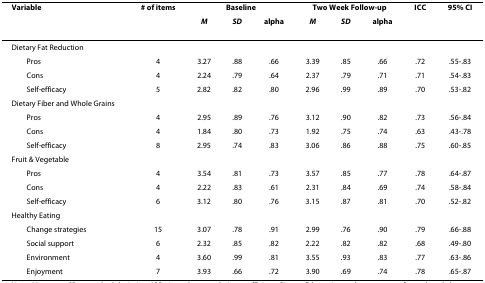
<table><thead><tr><td><b>Variable</b></td><td><b># of items</b></td><td colspan="3"><b>Baseline</b></td><td colspan="3"><b>Two Week Follow-up</b></td><td><b>ICC</b></td><td><b>95% CI</b></td></tr><tr><td></td><td></td><td><b><i>M</i></b></td><td><b><i>SD</i></b></td><td><b>alpha</b></td><td><b><i>M</i></b></td><td><b><i>SD</i></b></td><td><b>alpha</b></td><td></td><td></td></tr></thead><tbody><tr><td>Dietary Fat Reduction</td><td></td><td></td><td></td><td></td><td></td><td></td><td></td><td></td><td></td></tr><tr><td> Pros</td><td>4</td><td>3.27</td><td>.88</td><td>.66</td><td>3.39</td><td>.85</td><td>.66</td><td>.72</td><td>.55-.83</td></tr><tr><td> Cons</td><td>4</td><td>2.24</td><td>.79</td><td>.64</td><td>2.37</td><td>.79</td><td>.71</td><td>.71</td><td>.54-.83</td></tr><tr><td> Self-efficacy</td><td>5</td><td>2.82</td><td>.82</td><td>.80</td><td>2.96</td><td>.99</td><td>.89</td><td>.70</td><td>.53-.82</td></tr><tr><td>Dietary Fiber and Whole Grains</td><td></td><td></td><td></td><td></td><td></td><td></td><td></td><td></td><td></td></tr><tr><td> Pros</td><td>4</td><td>2.95</td><td>.89</td><td>.76</td><td>3.12</td><td>.90</td><td>.82</td><td>.73</td><td>.56-.84</td></tr><tr><td> Cons</td><td>4</td><td>1.84</td><td>.80</td><td>.73</td><td>1.92</td><td>.75</td><td>.74</td><td>.63</td><td>.43-.78</td></tr><tr><td> Self-efficacy</td><td>8</td><td>2.95</td><td>.74</td><td>.83</td><td>3.06</td><td>.86</td><td>.88</td><td>.75</td><td>.60-.85</td></tr><tr><td>Fruit &amp; Vegetable</td><td></td><td></td><td></td><td></td><td></td><td></td><td></td><td></td><td></td></tr><tr><td> Pros</td><td>4</td><td>3.54</td><td>.81</td><td>.73</td><td>3.57</td><td>.85</td><td>.77</td><td>.78</td><td>.64-.87</td></tr><tr><td> Cons</td><td>4</td><td>2.22</td><td>.83</td><td>.61</td><td>2.31</td><td>.84</td><td>.69</td><td>.74</td><td>.58-.84</td></tr><tr><td> Self-efficacy</td><td>6</td><td>3.12</td><td>.80</td><td>.76</td><td>3.15</td><td>.87</td><td>.81</td><td>.70</td><td>.52-.82</td></tr><tr><td>Healthy Eating</td><td></td><td></td><td></td><td></td><td></td><td></td><td></td><td></td><td></td></tr><tr><td> Change strategies</td><td>15</td><td>3.07</td><td>.78</td><td>.91</td><td>2.99</td><td>.76</td><td>.90</td><td>.79</td><td>.66-.88</td></tr><tr><td> Social support</td><td>6</td><td>2.32</td><td>.85</td><td>.82</td><td>2.22</td><td>.82</td><td>.82</td><td>.68</td><td>.49-.80</td></tr><tr><td> Environment</td><td>4</td><td>3.60</td><td>.99</td><td>.81</td><td>3.55</td><td>.93</td><td>.83</td><td>.77</td><td>.63-.86</td></tr><tr><td> Enjoyment</td><td>7</td><td>3.93</td><td>.66</td><td>.72</td><td>3.90</td><td>.69</td><td>.74</td><td>.78</td><td>.65-.87</td></tr></tbody></table>